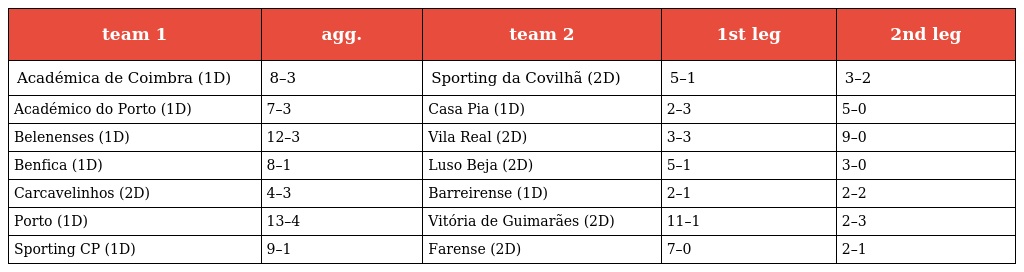
| team 1 | agg. | team 2 | 1st leg | 2nd leg |
 | --- | --- | --- | --- | --- |
 | Académica de Coimbra (1D) | 8–3 | Sporting da Covilhã (2D) | 5–1 | 3–2 |
 | Académico do Porto (1D) | 7–3 | Casa Pia (1D) | 2–3 | 5–0 |
 | Belenenses (1D) | 12–3 | Vila Real (2D) | 3–3 | 9–0 |
 | Benfica (1D) | 8–1 | Luso Beja (2D) | 5–1 | 3–0 |
 | Carcavelinhos (2D) | 4–3 | Barreirense (1D) | 2–1 | 2–2 |
 | Porto (1D) | 13–4 | Vitória de Guimarães (2D) | 11–1 | 2–3 |
 | Sporting CP (1D) | 9–1 | Farense (2D) | 7–0 | 2–1 |